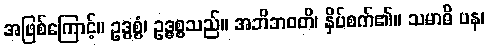
အဖြစ်ကြောင့်။ ဥဒ္ဓစ္စံ၊ ဥဒ္ဓစ္စသည်။ အဘိဘဝတိ၊ နှိပ်စက်၏။ သမာဓိ ပန၊